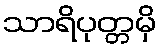
သာရိပုတ္တမှိ